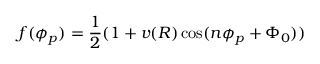
f ( \phi _ { p } ) = \frac { 1 } { 2 } ( 1 + v ( R ) \cos ( n \phi _ { p } + \Phi _ { 0 } ) )